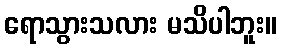
ရောသွားသလား မသိပါဘူး။